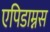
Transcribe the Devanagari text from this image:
एपिडाम्नस